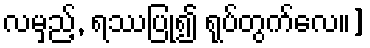
လမှည့်, ရဿပြု၍ ရုပ်တွက်လေ။]